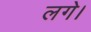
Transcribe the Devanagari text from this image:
लगे।